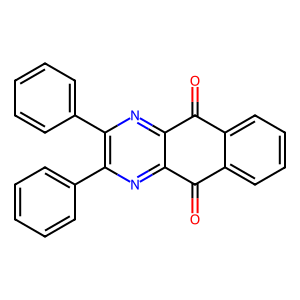
SMILES: O=C1c2ccccc2C(=O)c2nc(-c3ccccc3)c(-c3ccccc3)nc21
Inhibits HIV replication: No